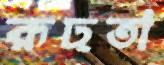
রূঢ়তা